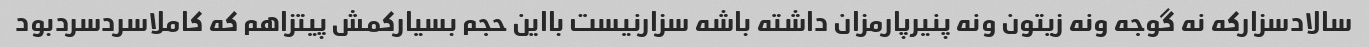
سالادسزارکه نه گوجه ونه زیتون ونه پنیرپارمزان داشته باشه سزارنیست بااین حجم بسیارکمش پیتزاهم که کاملاسردسردبود